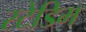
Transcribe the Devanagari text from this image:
स्टेडिम